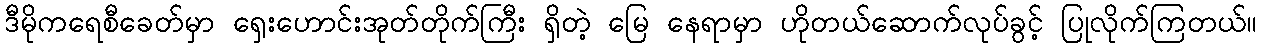
ဒီမိုကရေစီခေတ်မှာ ရှေးဟောင်းအုတ်တိုက်ကြီး ရှိတဲ့ မြေ နေရာမှာ ဟိုတယ်ဆောက်လုပ်ခွင့် ပြုလိုက်ကြတယ်။